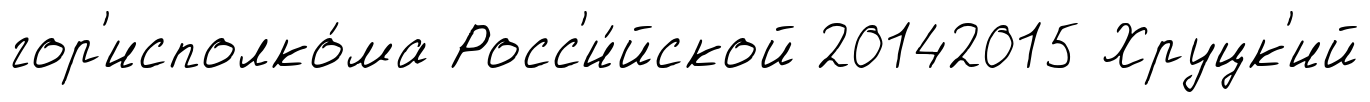
гор'исполко́ма Росс'и́йской 20142015 Хруцк'ий